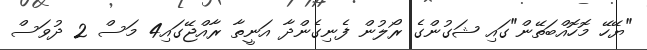
"ޔޭހޭ މޮހޮއްބަތޭން"ގައި ޝަގުންގެ ރޯލުން ފެނިގެންދާ އަނީތާ ރާއްޖޭގައި4 މަސް 2 ދުވަސް